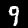
Digit: 9